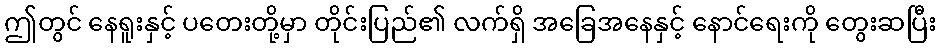
ဤတွင် နေရူးနှင့် ပတေးတို့မှာ တိုင်းပြည်၏ လက်ရှိ အခြေအနေနှင့် နောင်ရေးကို တွေးဆပြီး